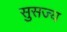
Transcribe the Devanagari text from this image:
सुसज्य